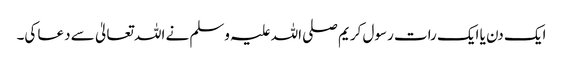
ایک دن یا ایک رات رسول کریم صلی اللہ علیہ وسلم نے اللہ تعالیٰ سے دعا کی۔